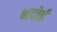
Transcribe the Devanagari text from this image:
भदोई